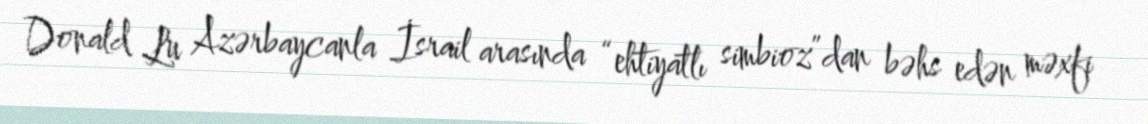
Donald Lu Azərbaycanla İsrail arasında “ehtiyatlı simbioz”dan bəhs edən məxfi